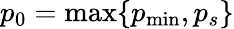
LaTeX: p_{0}=\textnormal{max}\{ p_{\textnormal{min}},p_{s}\}